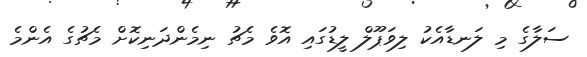
ސަލާގެ މި ލަނޑާއެކު ލިވަޕޫލް ލީޑުގައި އޮވެ މެޗު ނިމެންދަނިކޮށް މެޗުގެ އެންމެ